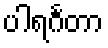
ပါရင်္ဂတာ